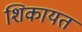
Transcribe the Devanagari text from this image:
शिकायत